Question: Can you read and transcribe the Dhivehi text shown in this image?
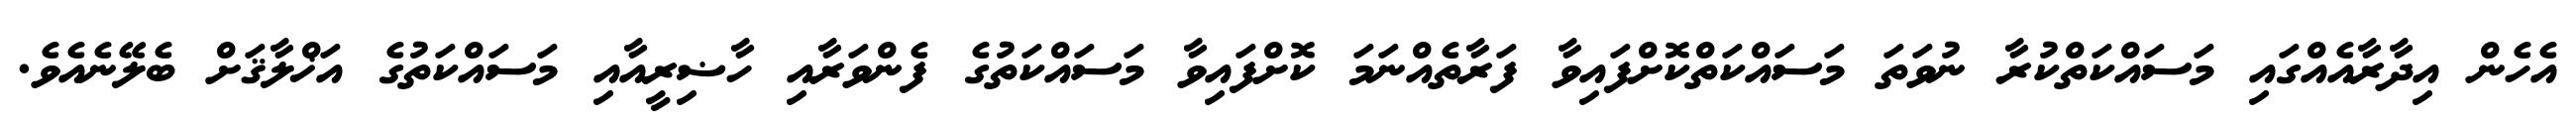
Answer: އެހެން އިދާރާއެއްގައި މަސައްކަތްކުރާ ނުވަތަ މަސައްކަތްކޮށްފައިވާ ފަރާތެއްނަމަ ކޮށްފައިވާ މަސައްކަތުގެ ފެންވަރާއި ހާޟިރީއާއި މަސައްކަތުގެ އަޚްލާޤަށް ބެލޭނެއެވެ.